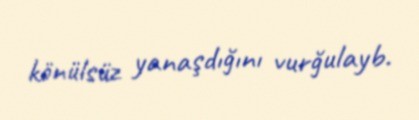
könülsüz yanaşdığını vurğulayb.